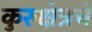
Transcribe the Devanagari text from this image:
कुरुक्षेत्रचे